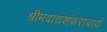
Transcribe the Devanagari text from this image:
श्रीमदाद्यशंकराचार्य